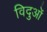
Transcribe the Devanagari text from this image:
विदुओं